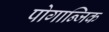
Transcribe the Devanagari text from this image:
पोगान्जिक